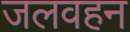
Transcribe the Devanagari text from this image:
जलवहन